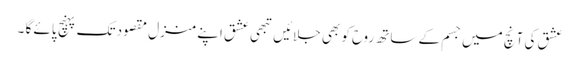
عشق کی آنچ میں جسم کے ساتھ روح کو بھی جلائیں تبھی عشق اپنے منزل ِ مقصود تک پہنچ پائے گا ۔